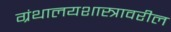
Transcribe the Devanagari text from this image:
ग्रंथालयशास्त्रावरील